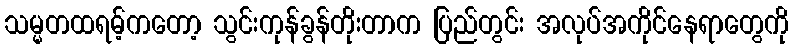
သမ္မတထရမ့်ကတော့ သွင်းကုန်ခွန်တိုးတာက ပြည်တွင်း အလုပ်အကိုင်နေရာတွေကို